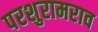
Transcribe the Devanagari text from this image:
परशुरामराव